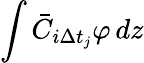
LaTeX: \int\bar{C}_{i\Delta t_{j}}\varphi\mathop{}\! {d{z}}